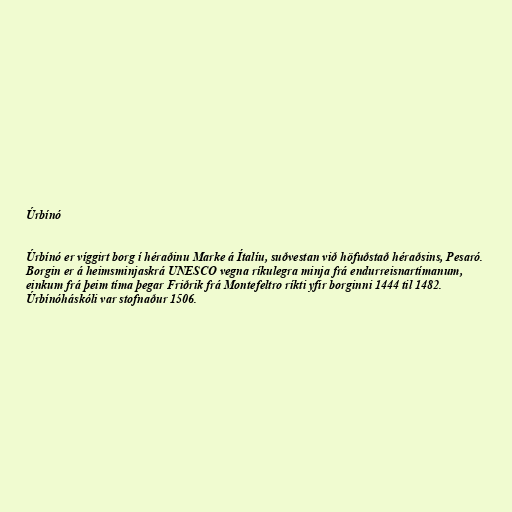
Úrbínó

Úrbínó er víggirt borg í héraðinu Marke á Ítalíu, suðvestan við höfuðstað héraðsins, Pesaró.
Borgin er á heimsminjaskrá UNESCO vegna ríkulegra minja frá endurreisnartímanum,
einkum frá þeim tíma þegar Friðrik frá Montefeltro ríkti yfir borginni 1444 til 1482.
Úrbínóháskóli var stofnaður 1506.